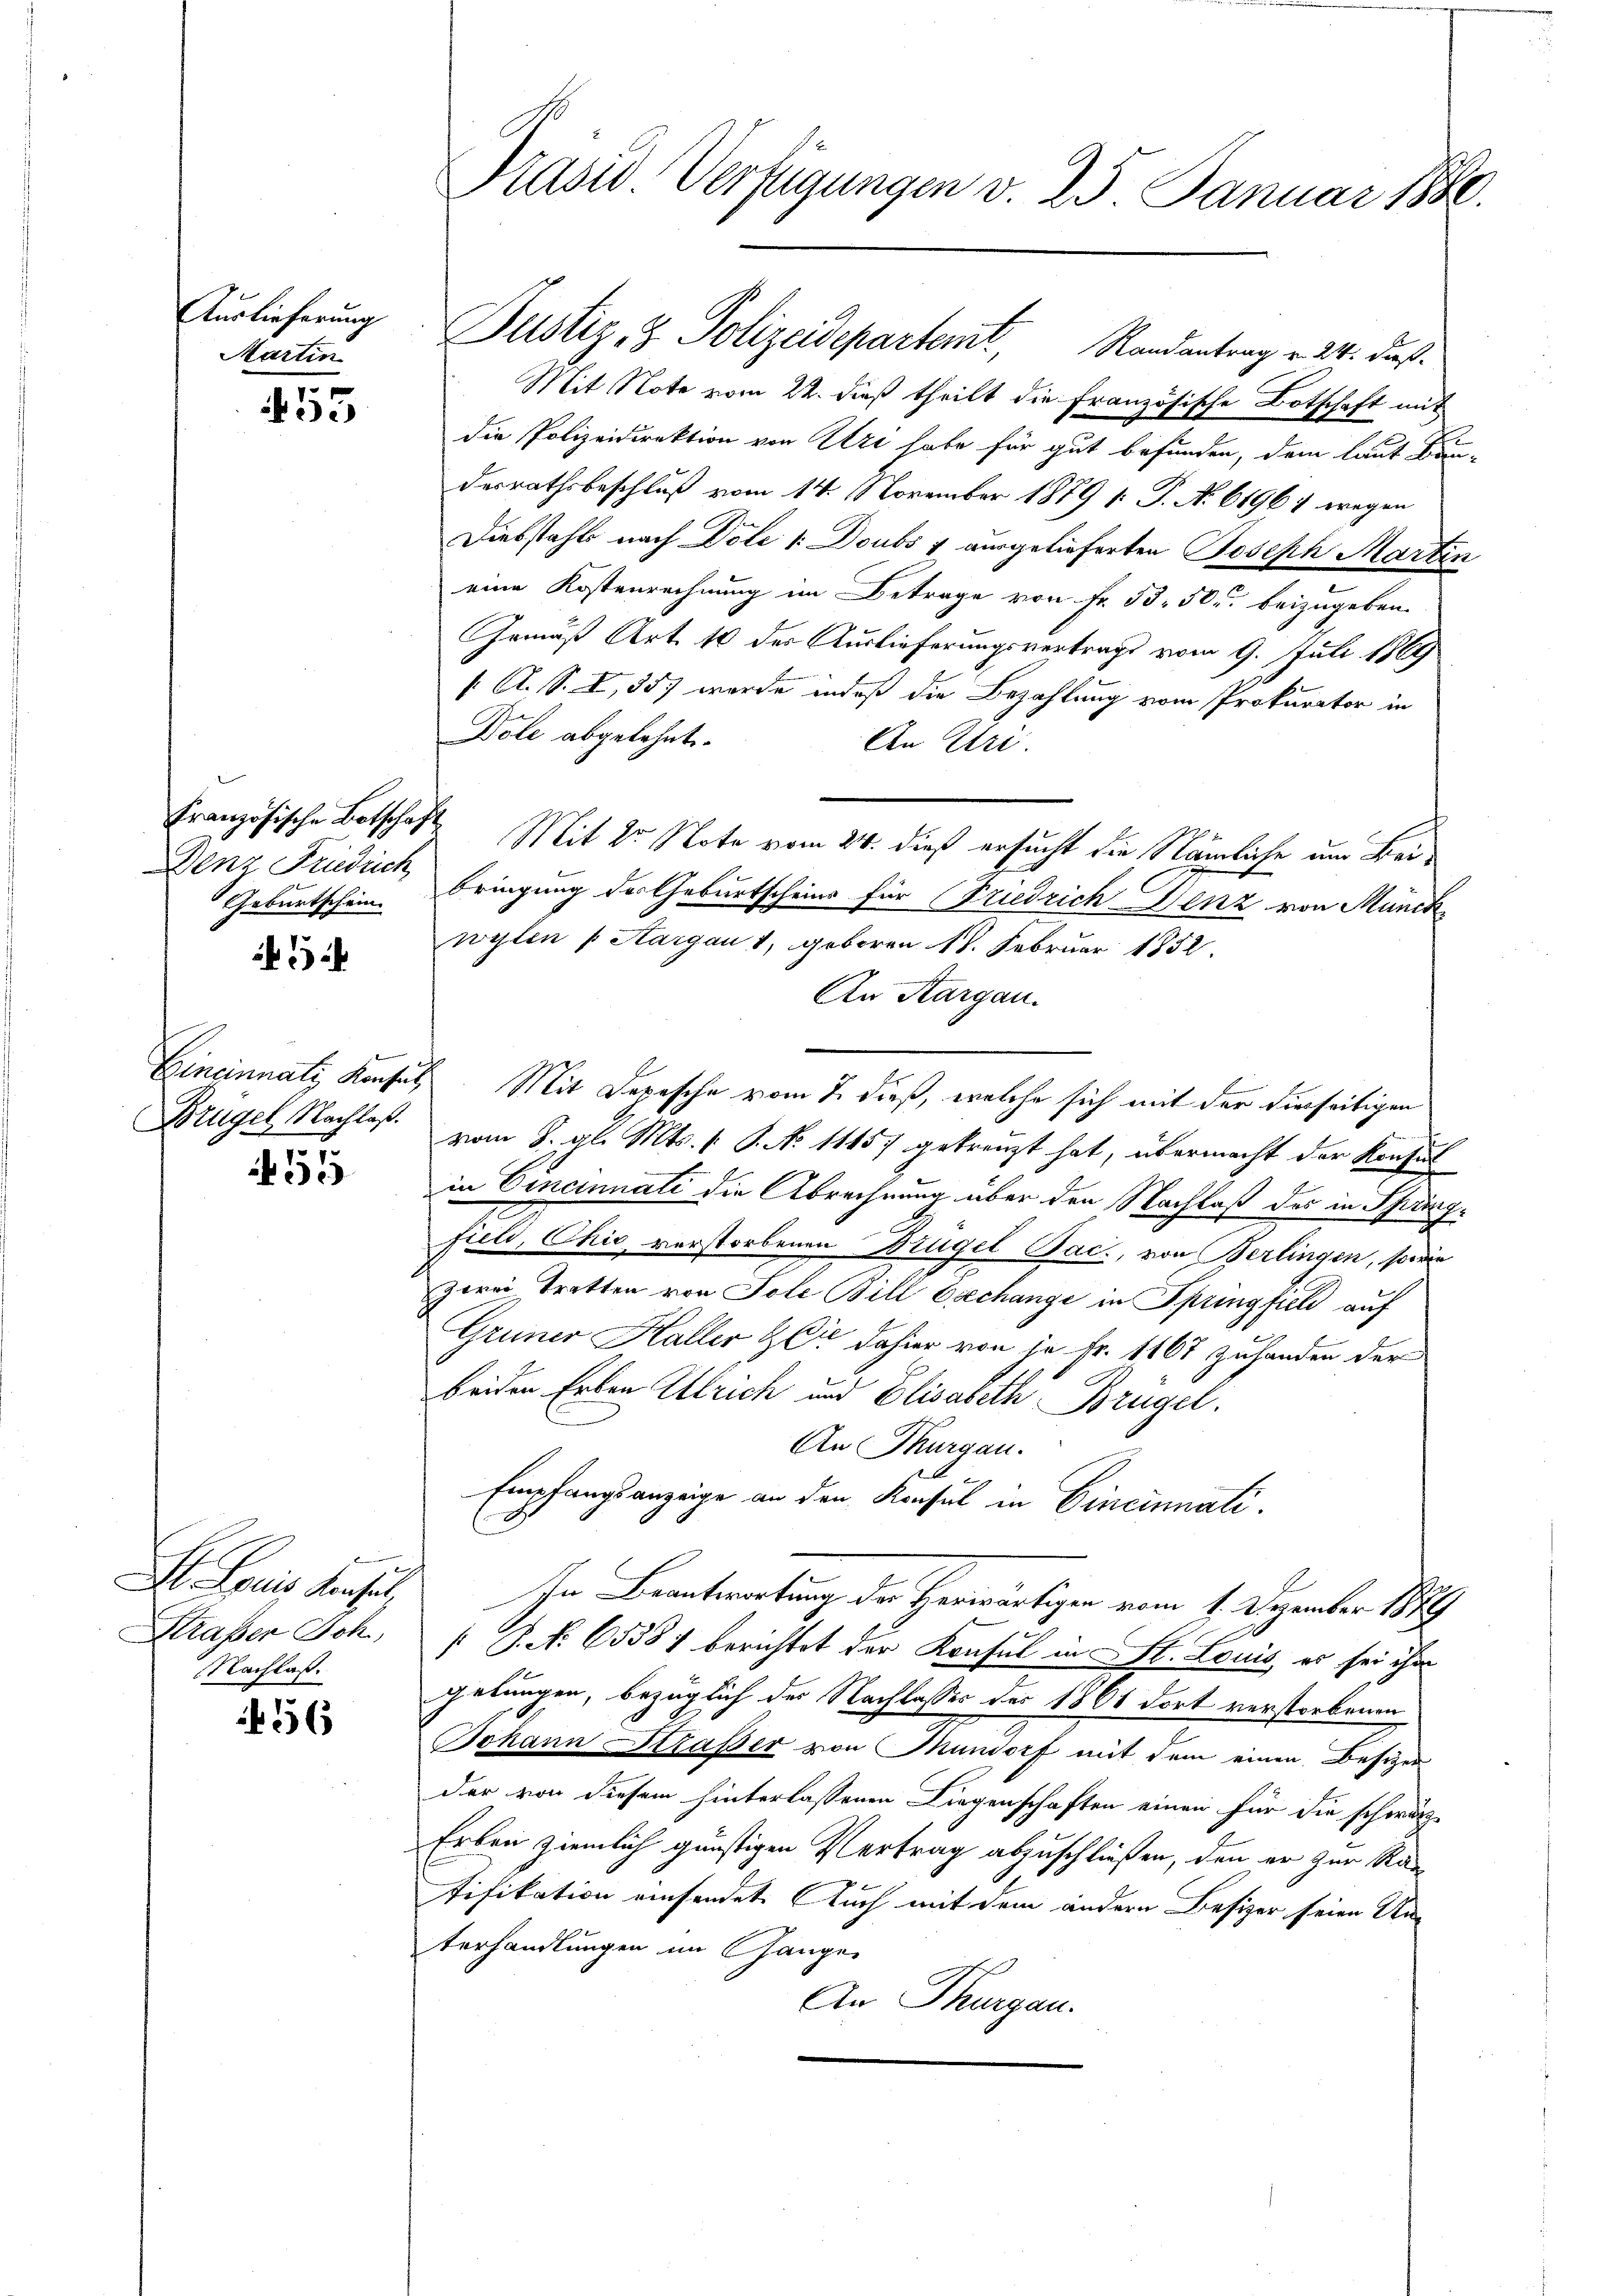
Auslieferung
Martin

55

Französische Botschaft
Denz Friedrich
Geburtschein

55

Louis Konseil,
Straßen Ich,
Nachlaß.

436

Präsid. Verfügungen v. 25. Januar 1880.

Justiz- & Polizeidepartemt, Randantrag v. 24. daß
Mit Note vom 22. dieß theilt die Französische Botschaft mit
die Polizeidirektion von Uri habe für gut befunden, dem laut Bau-
desrathsbeschluß vom 14. November 1879 1: P. N. 61961 wegen
Diebstahls nach Dole 1: Doubs v ausgelieferten Joseph Martin
eine Kostenrechnung im Betrage von Fr. 53. 50. beizugeben.
Gemäß Art. 10 der Auslieferungsvertrags vom 9. Juli 1869
[ A. S. I, 357 wurde indeß die Bezahlung vom Prokurator in
Dole abgelehnt.
An Uri.
Mit Dr Note vom 24. dieß ersucht die Nämliche um Beibringung des Geburtscheins für Friedrich Benz von Munit
wylen (Aargau 1, geboren 18. Februar 1852.
An Aargau.
Gineinnati Konsuls Mit Depesche vom 7. dieß, welche sich mit der hierseitigen
Brügel Nachlaß vom 8. gl. Mts. v. P. No. 11157 gekreuzt hat, übermacht der Konsul
in Vincinnati die Abrechnung über den Nachlaß des in Springfieli, Chić, verstorbenen Brügel Pac., von Berlingen, sowie
zerei Tratten von Sole Bill Exechange in Springfiel auf
Grüner Haller & Cie dahier von je Fr. 1167 zuhanden der
beiden Erben Ulrich und Elisabeth Brügel
An Thurgau.
Empfangsanzeige an den Konsul in Cincinati¬
In Beantwortung der Herwärtigen vom 1. Dezember 1889
[ P. Nr. 65381 berichtet der Konsul in St. Louis, er sei ihr
gebungen, bezüglich der Nachlasses der 1861 dort verstorbenen
Johann Straßer von Mundorf mit dem einen Besizer
der von diesem hinterlassenen Liegenschaften einen für die schwärz
Erben ziemlich günstigen Vertrag abzuschließen, den er zur Ran
tifikation einsendet. Auch mit dem andern Besizer seien Unterhandlungen im Gange
An Thurgau.